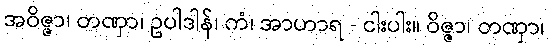
အဝိဇ္ဇာ၊ တဏှာ၊ ဥပါဒါန်၊ ကံ၊ အာဟာရ - ငါးပါး။ ဝိဇ္ဇာ၊ တဏှာ၊